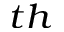
^ { t h }